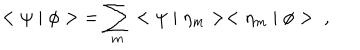
LaTeX: < \psi \mid \phi > \; = \sum _ { m } < \psi \mid \eta _ { m } > < \eta _ { m } \mid \phi > \; \; ,